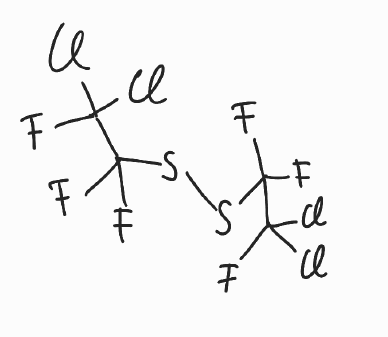
Simplified molecular-input line-entry system (SMILES) notation of the given molecule:
C(C(F)(Cl)Cl)(F)(F)SSC(C(F)(Cl)Cl)(F)F